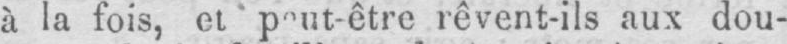
rêvent-ils aux dou-